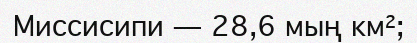
Миссисипи — 28,6 мың км²;